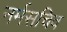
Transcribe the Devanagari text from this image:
नर्मसचिव